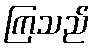
ကြသည်